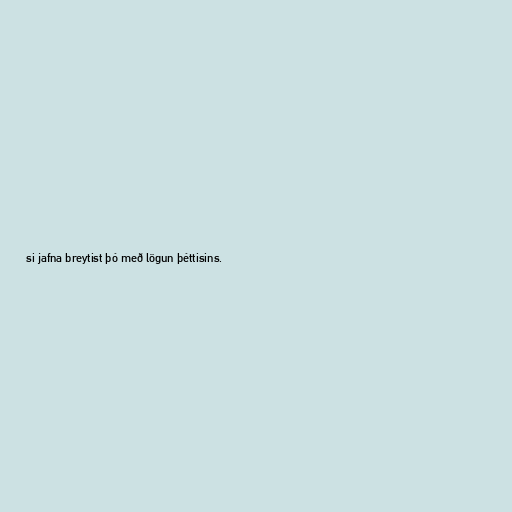
si jafna breytist þó með lögun þéttisins.